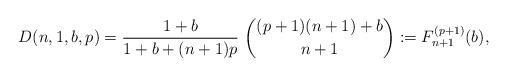
LaTeX: \begin{gather*}D(n,1,b,p)={1+b \over 1+b+(n+1)p}~{(p+1)(n+1)+b \choose n+1}:=F_{n+1}^{(p+1)}(b),\end{gather*}